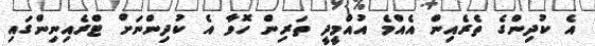
އެ ކުދިންގެ ތެރެއިން އެއްމެ އުއްމީދީ ތަރިން ހޮވާ އެ ކުދިންނަށް ޓްރެއިނިންގައި